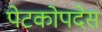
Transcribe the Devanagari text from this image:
पेटकोपदेस